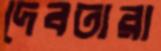
দেবতারা